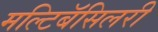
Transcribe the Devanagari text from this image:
मल्टिबॅसिलरी